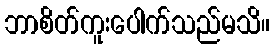
ဘာစိတ်ကူးပေါက်သည်မသိ။